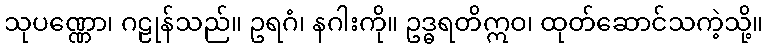
သုပဏ္ဏော၊ ဂဠုန်သည်။ ဥရဂံ၊ နဂါးကို။ ဥဒ္ဓရတိဣဝ၊ ထုတ်ဆောင်သကဲ့သို့။